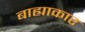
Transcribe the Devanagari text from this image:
बाह्याकार